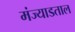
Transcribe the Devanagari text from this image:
मंज्याडताल